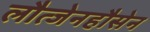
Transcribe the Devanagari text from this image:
लौत्जेनहौसेन